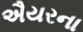
ઐયરના